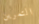
التمرين